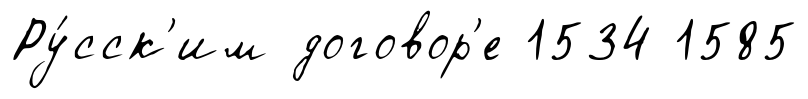
Ру́сск'им договор'е 1534 1585